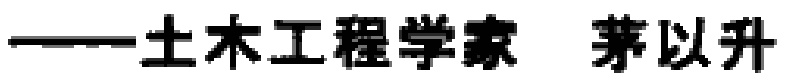
——土木工程学家 茅以升